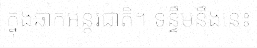
ក្នុងឆាកអន្តរជាតិ។ ទន្ទឹមនឹងនេះ